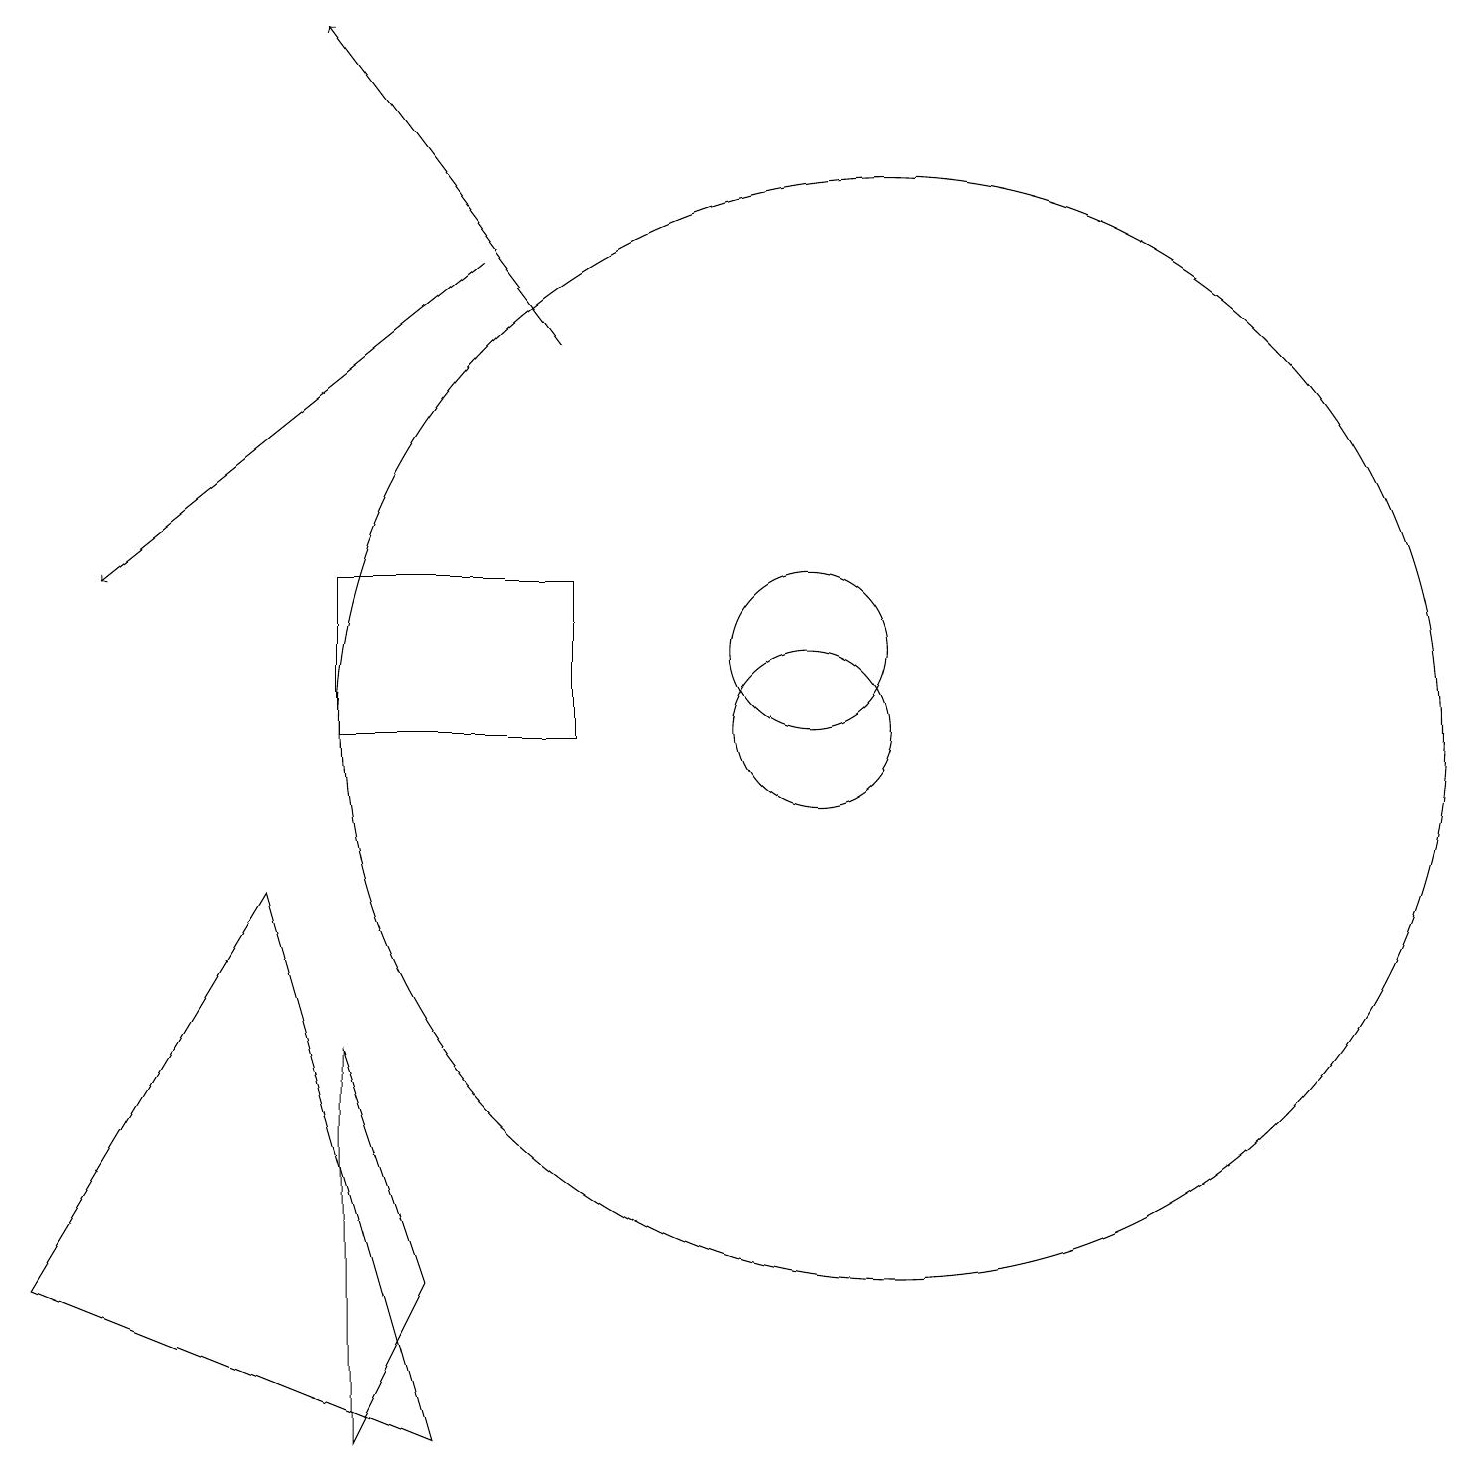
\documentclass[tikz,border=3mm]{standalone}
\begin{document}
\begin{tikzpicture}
\draw (4,6) -- (5,3) -- (4,1) -- cycle;
\draw[->] (6,16) -- (1,12);
\draw (10,11) circle (1);
\draw (4,10) rectangle (7,12);
\draw[->] (7,15) -- (4,19);
\draw (11,10) circle (7);
\draw (0,3) -- (5,1) -- (3,8) -- cycle;
\draw (10,10) circle (1);
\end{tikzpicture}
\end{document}